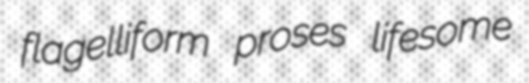
flagelliform proses lifesome